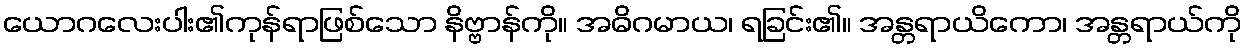
ယောဂလေးပါး၏ကုန်ရာဖြစ်သော နိဗ္ဗာန်ကို။ အဓိဂမာယ၊ ရခြင်း၏။ အန္တရာယိကော၊ အန္တရာယ်ကို